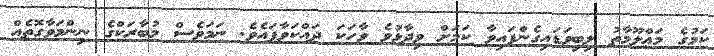
ކަމުގެ މަޢްލޫމާތު ލިބިވަޑައިގެންފައިވާ ކަމަށް ވިދާޅުވެ ވާހަކަ ދައްކަވާފައެވެ. ނަމަވެސް މުބާރަކްގެ ނިންމަވާގޮތެއް